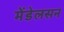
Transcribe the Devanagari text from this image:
मेंडेलसन